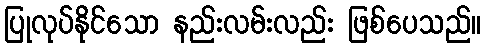
ပြုလုပ်နိုင်သော နည်းလမ်းလည်း ဖြစ်ပေသည်။